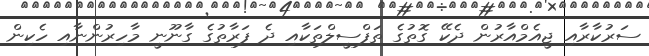
ސަރުކާރާއި ޖީއެމްއާރުން ދެކޭ ގޮތުގެ ތަފްސީލްތަކާއި ދެ ފަރާތުގެ ގާނޫނީ މާހިރުންނާއި ހެކިން